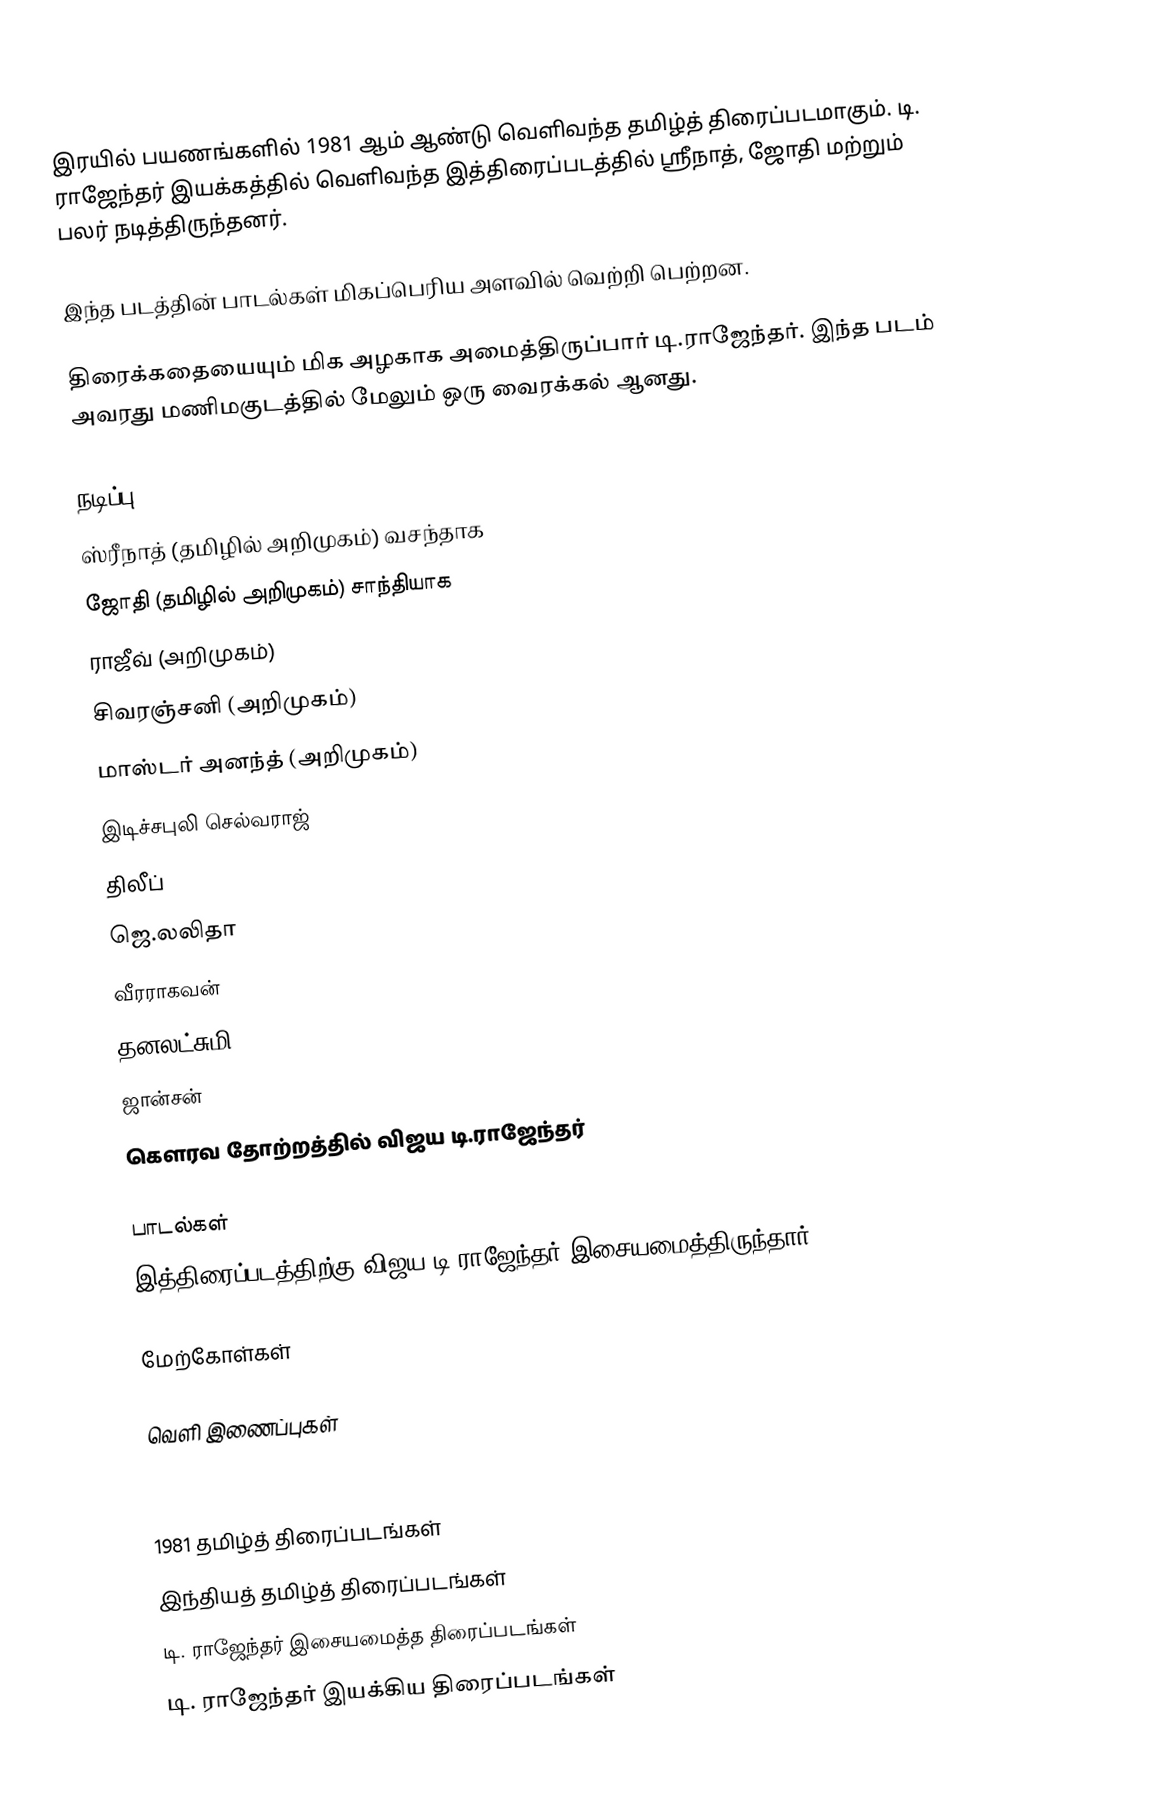
இரயில் பயணங்களில் 1981 ஆம் ஆண்டு வெளிவந்த தமிழ்த் திரைப்படமாகும். டி. ராஜேந்தர் இயக்கத்தில் வெளிவந்த இத்திரைப்படத்தில் ஸ்ரீநாத், ஜோதி மற்றும் பலர் நடித்திருந்தனர்.

இந்த படத்தின் பாடல்கள் மிகப்பெரிய அளவில் வெற்றி பெற்றன.

திரைக்கதையையும் மிக அழகாக அமைத்திருப்பார் டி.ராஜேந்தர். இந்த படம் அவரது மணிமகுடத்தில் மேலும் ஒரு வைரக்கல் ஆனது.

நடிப்பு
 ஸ்ரீநாத் (தமிழில் அறிமுகம்) வசந்தாக
 ஜோதி (தமிழில் அறிமுகம்) சாந்தியாக
 ராஜீவ் (அறிமுகம்)
 சிவரஞ்சனி (அறிமுகம்)
 மாஸ்டர் அனந்த் (அறிமுகம்)
 இடிச்சபுலி செல்வராஜ்
 திலீப்
 ஜெ.லலிதா
 வீரராகவன்
 தனலட்சுமி
 ஜான்சன்
 கௌரவ தோற்றத்தில் விஜய டி.ராஜேந்தர்

பாடல்கள்
இத்திரைப்படத்திற்கு விஜய டி.ராஜேந்தர் இசையமைத்திருந்தார்.

மேற்கோள்கள்

வெளி இணைப்புகள்

1981 தமிழ்த் திரைப்படங்கள்
இந்தியத் தமிழ்த் திரைப்படங்கள்
டி. ராஜேந்தர் இசையமைத்த திரைப்படங்கள்
டி. ராஜேந்தர் இயக்கிய திரைப்படங்கள்